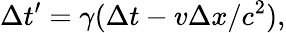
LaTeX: \Delta t^{\prime}=\gamma(\Delta t-v\Delta x/c^{2}),